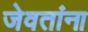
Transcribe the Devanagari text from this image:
जेवतांना